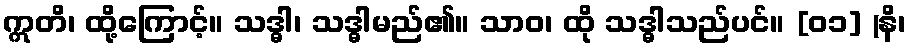
ဣတိ၊ ထို့ကြောင့်။ သဒ္ဓါ၊ သဒ္ဓါမည်၏။ သာဝ၊ ထို သဒ္ဓါသည်ပင်။ [၀၁] (နိ၊